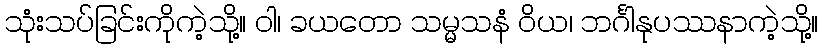
သုံးသပ်ခြင်းကိုကဲ့သို့။ ဝါ၊ ခယတော သမ္မသနံ ဝိယ၊ ဘင်္ဂါနုပဿနာကဲ့သို့။